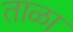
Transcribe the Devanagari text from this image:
ताळा